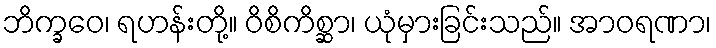
ဘိက္ခဝေ၊ ရဟန်းတို့။ ဝိစိကိစ္ဆာ၊ ယုံမှားခြင်းသည်။ အာဝရဏာ၊